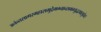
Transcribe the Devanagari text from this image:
अनंन्तसागरमहासमुद्रेमग्नान्समभ्युद्धरवासुदेव।